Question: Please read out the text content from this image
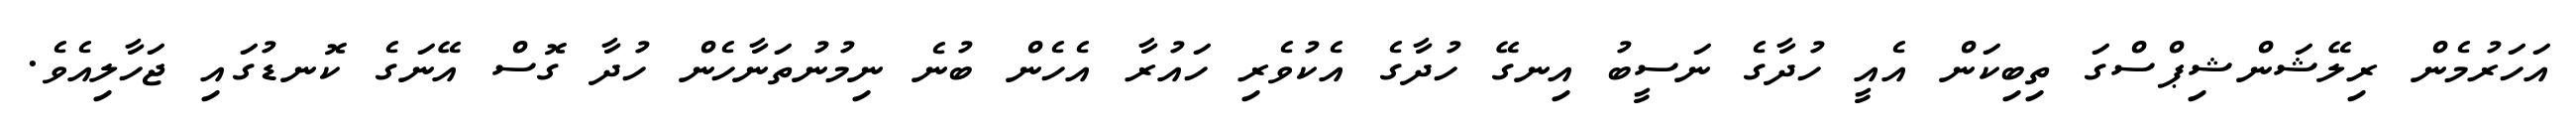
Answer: އަހަރުމެން ރިލޭޝަންޝިޕްސްގަ ތިބިކަން އެއީ ހުދާގެ ނަސީބު އިނގޭ ހުދާގެ އެކުވެރި ހައުރާ އެހެން ބުނެ ނިމުނުތަނާހެން ހުދާ ގޮސް އޭނަގެ ކޮނޑުގައި ޖަހާލިއެވެ.